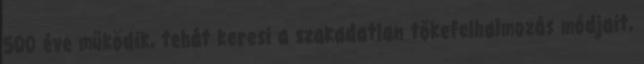
500 éve működik, tehát keresi a szakadatlan tőkefelhalmozás módjait,